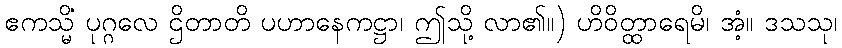
ဧကသ္မိံ ပုဂ္ဂလေ ဌိတာတိ ပဟာနေကဋ္ဌာ၊ ဤသို့ လာ၏။) ဟိဝိတ္ထာရေမိ၊ အံ့။ ဒသသု၊